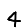
Digit: 4